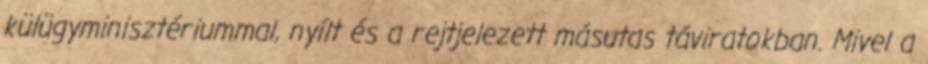
külügyminisztériummal, nyílt és a rejtjelezett másutas táviratokban. Mivel a